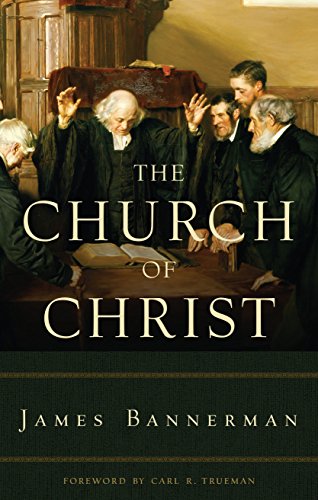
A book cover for The Church of Christ; James Bannerman; Christian Books & Bibles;